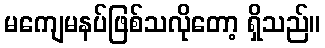
မကျေမနပ်ဖြစ်သလိုတော့ ရှိသည်။